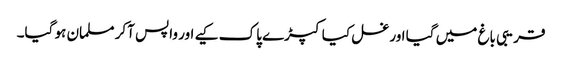
قریبی باغ میں گیا اور غسل کیا کپڑے پاک کیے اور واپس آکر مسلمان ہو گیا۔